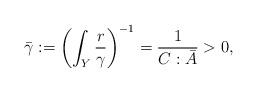
LaTeX: \begin{align*}\bar{\gamma}:= \left(\int_Y \frac{r}{\gamma}\right)^{-1} = \frac{1}{C:\bar{A}} > 0,\end{align*}